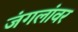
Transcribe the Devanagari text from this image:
जंगलांवर